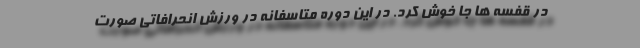
در قفسه ها جا خوش کرد. در این دوره متاسفانه در ورزش انحرافاتی صورت